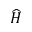
\widehat { H }